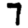
Digit: 7